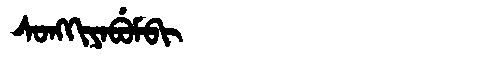
Manchu: ᠰᠣᠩᡴᡳᠶᠠᠪᡠᠮᠪᡳ
Romanization: SONGKIYABUMBI